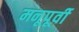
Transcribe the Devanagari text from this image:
मनूपूर्वी